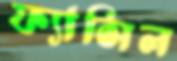
ফ্যাসিল